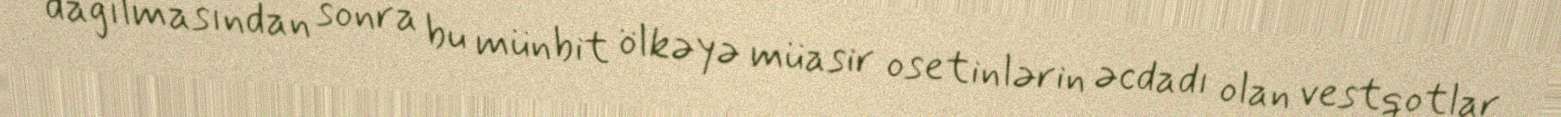
dağılmasından sonra bu münbit ölkəyə müasir osetinlərin əcdadı olan vestqotlar